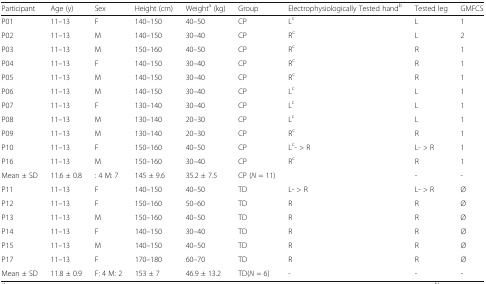
| Participant | Age (y) | Sex | Height (cm) | Weighta (kg) | Group | Electrophysiologically Tested handb | Tested leg | GMFCS |
 | --- | --- | --- | --- | --- | --- | --- | --- | --- |
 | P01 | 11–13 | F | 140–150 | 40–50 | CP | Lc | L | 1 |
 | P02 | 11–13 | M | 140–150 | 30–40 | CP | Rc | L | 2 |
 | P03 | 11–13 | M | 150–160 | 40–50 | CP | Rc | R | 1 |
 | P04 | 11–13 | F | 140–150 | 30–40 | CP | Rc | R | 1 |
 | P05 | 11–13 | M | 140–150 | 30–40 | CP | Rc | R | 1 |
 | P06 | 11–13 | M | 140–150 | 30–40 | CP | Lc | L | 1 |
 | P07 | 11–13 | F | 130–140 | 30–40 | CP | Lc | L | 1 |
 | P08 | 11–13 | M | 130–140 | 20–30 | CP | Lc | L | 1 |
 | P09 | 11–13 | M | 130–140 | 20–30 | CP | Rc | R | 1 |
 | P10 | 11–13 | F | 150–160 | 40–50 | CP | Lc- > R | L- > R | 1 |
 | P16 | 11–13 | M | 150–160 | 30–40 | CP | Rc | R | 1 |
 | Mean ± SD | 11.6 ± 0.8 | : 4 M: 7 | 145 ± 9.6 | 35.2 ± 7.5 | CP (N = 11) |  | - | - |
 | P11 | 11–13 | F | 140–150 | 40–50 | TD | L- > R | L- > R | Ø |
 | P12 | 11–13 | F | 150–160 | 50–60 | TD | R | R | Ø |
 | P13 | 11–13 | M | 150–160 | 40–50 | TD | R | R | Ø |
 | P14 | 11–13 | F | 140–150 | 30–40 | TD | R | R | Ø |
 | P15 | 11–13 | M | 140–150 | 40–50 | TD | R | R | Ø |
 | P17 | 11–13 | F | 170–180 | 60–70 | TD | R | R | Ø |
 | Mean ± SD | 11.8 ± 0.9 | F: 4 M: 2 | 153 ± 7 | 46.9 ± 13.2 | TD(N = 6) | - | - | - |